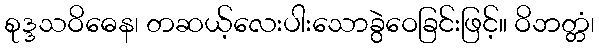
စုဒ္ဒသဝိဓေန၊ တဆယ့်လေးပါးသောခွဲဝေခြင်းဖြင့်။ ဝိဘတ္တံ၊